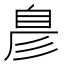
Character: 𮍖